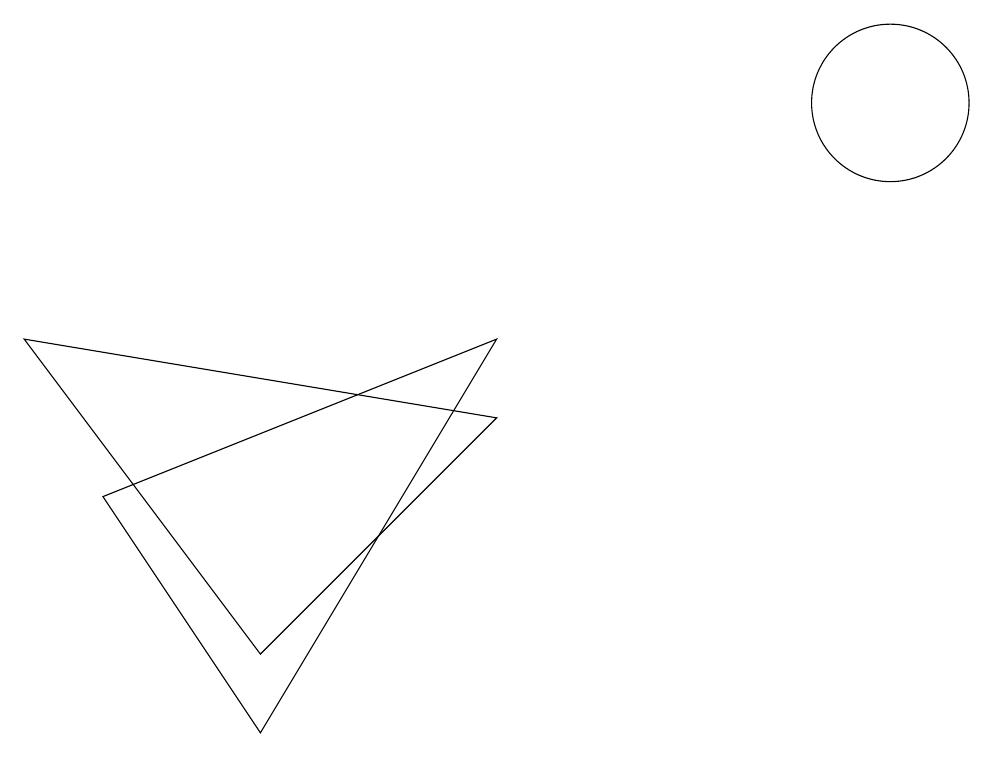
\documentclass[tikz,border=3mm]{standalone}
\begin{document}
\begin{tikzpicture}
\draw (3,3) -- (6,6) -- (0,7) -- cycle;
\draw (6,7) -- (3,2) -- (1,5) -- cycle;
\draw (11,10) circle (1);
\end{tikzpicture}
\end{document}